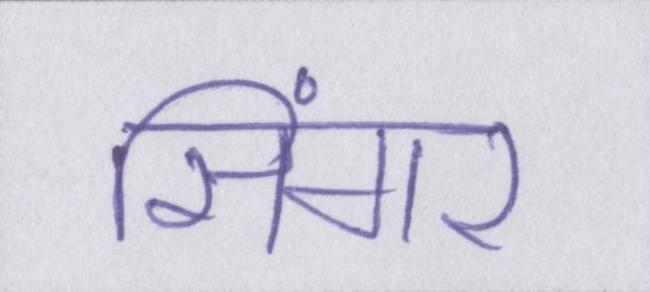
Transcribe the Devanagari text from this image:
सिंगर